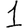
Digit: 1